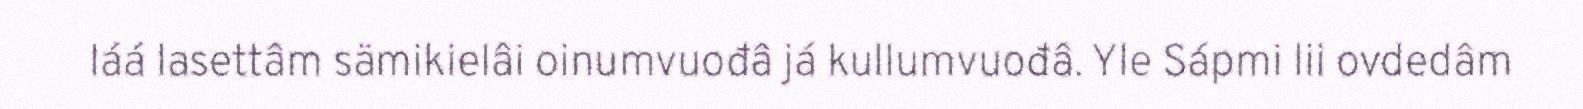
láá lasettâm sämikielâi oinumvuođâ já kullumvuođâ. Yle Sápmi lii ovdedâm